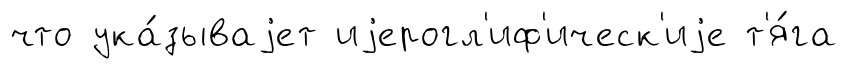
что ука́зываjет иjерогл'иф'ическ'иjе т'я́га